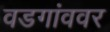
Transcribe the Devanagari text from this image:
वडगांववर